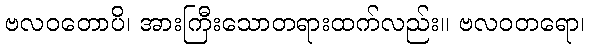
ဗလဝတောပိ၊ အားကြီးသောတရားထက်လည်း။ ဗလဝတရော၊